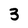
Character: 3